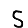
Digit: 5